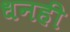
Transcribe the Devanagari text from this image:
धनही